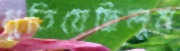
মুতিয়েছিলুম